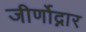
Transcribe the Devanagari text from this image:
जीर्णोद्नार